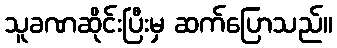
သူခဏဆိုင်းပြီးမှ ဆက်ပြောသည်။